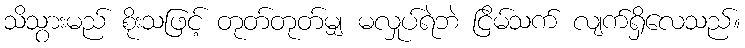
သိသွားမည် စိုးသဖြင့် တုတ်တုတ်မျှ မလှုပ်ရဲဘဲ ငြိမ်သက် လျက်ရှိလေသည်။